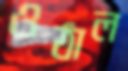
ওঠাল